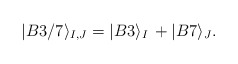
\begin{align*}|B3/7\rangle_{I,J} = |B3\rangle_I \, +|B7\rangle_J .\end{align*}